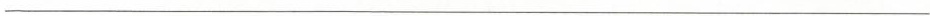
___